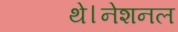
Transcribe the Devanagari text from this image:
थे।नेशनल